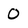
Character: O